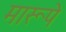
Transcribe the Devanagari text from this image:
मारूपे